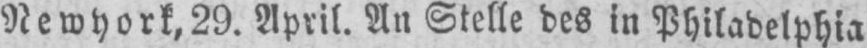
Newyork, 29. April. An Stelle des in Philadelphia